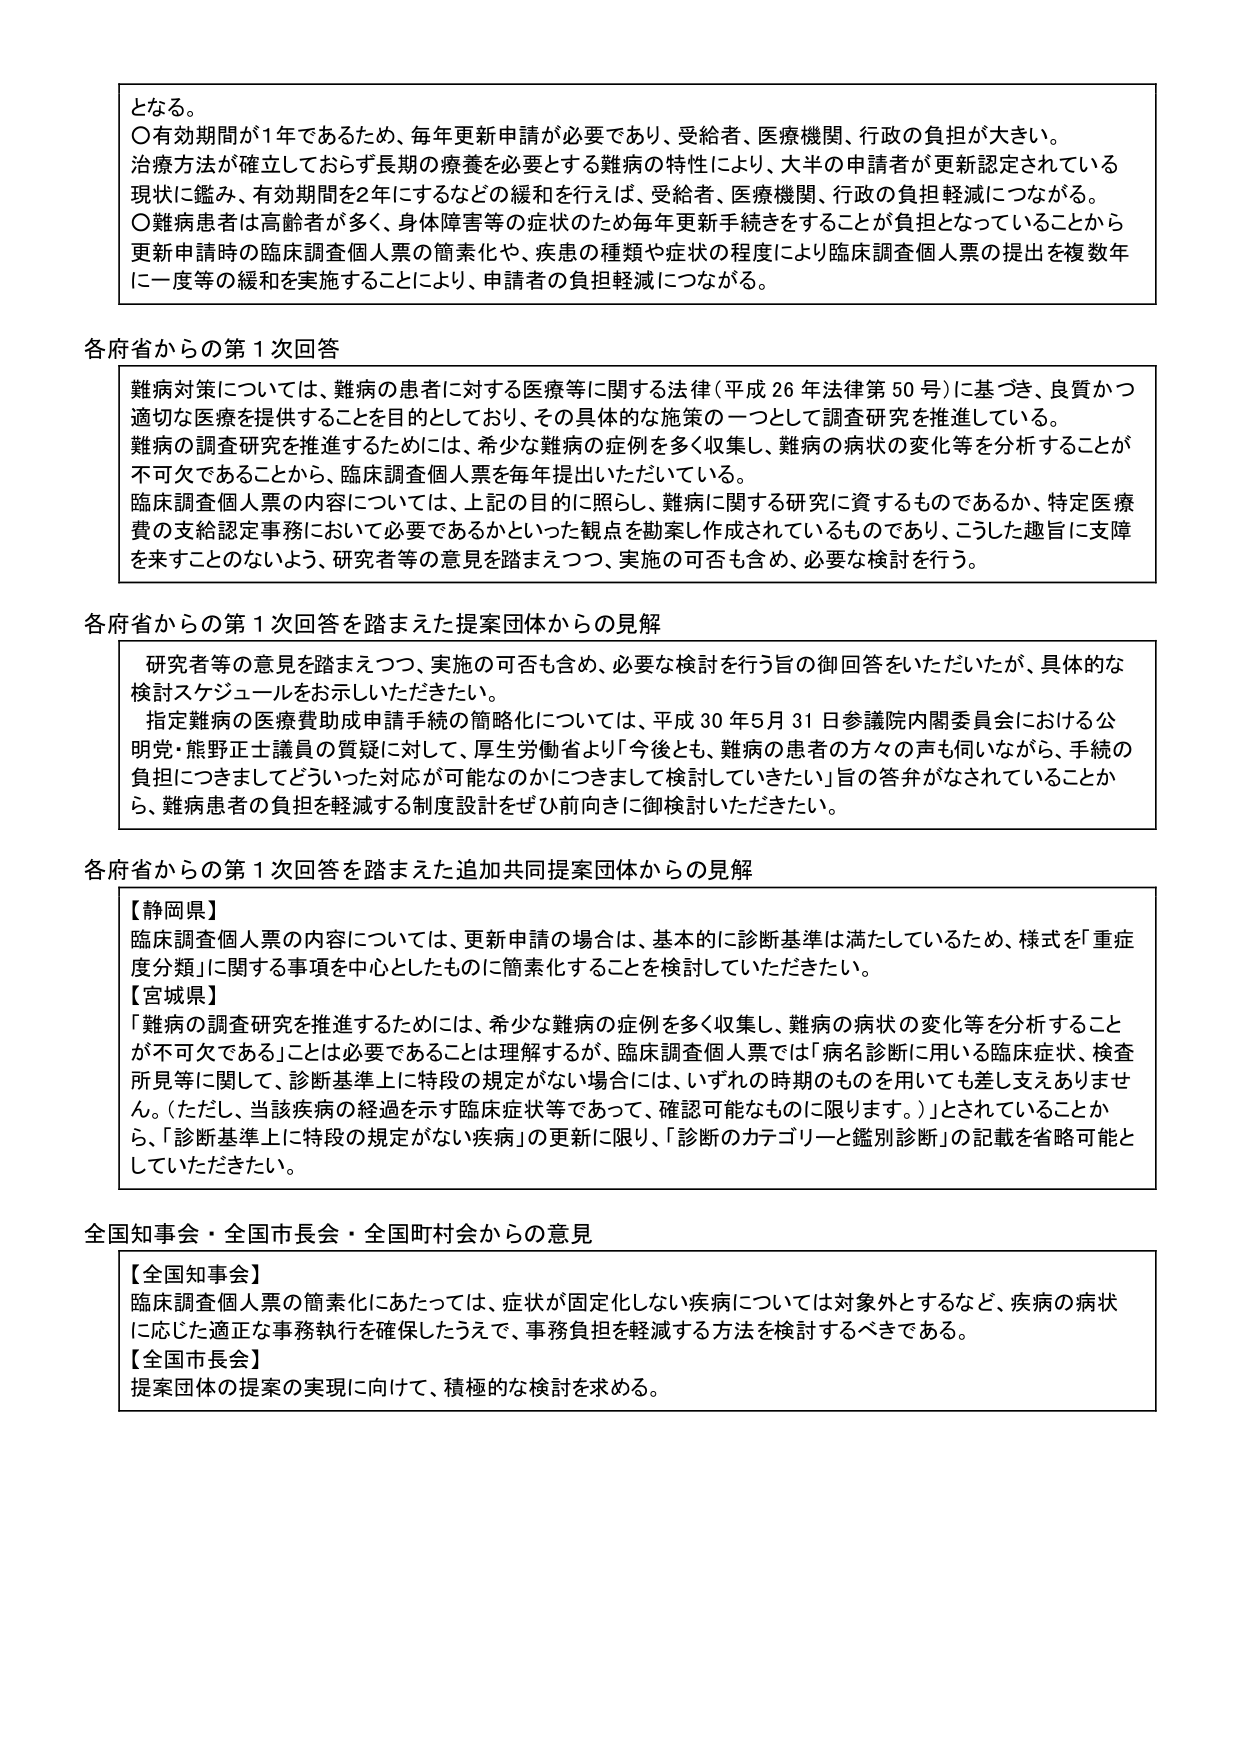
となる。
〇有効期間が1年であるため、毎年更新申請が必要であり、受給者、医療機関、行政の負担が大きい。
治療方法が確立しておらず長期の療養を必要とする難病の特性により、大半の申請者が更新認定されている現状に鑑み、有効期間を2年にするなどの緩和を行えば、受給者、医療機関、行政の負担軽減につながる。
〇難病患者は高齢者が多く、身体障害等の症状のため毎年更新手続きをすることが負担となっていることから更新申請時の臨床調査個人票の簡素化や、疾患の種類や症状の程度により臨床調査個人票の提出を複数年に一度等の緩和を実施することにより、申請者の負担軽減につながる。

各府省からの第1次回答
難病対策については、難病の患者に対する医療等に関する法律（平成26年法律第50号）に基づき、良質かつ適切な医療を提供することを目的としており、その具体的な施策の一つとして調査研究を推進している。
難病の調査研究を推進するためには、希少な難病の症例を多く収集し、難病の病状の変化等を分析することが不可欠であることから、臨床調査個人票を毎年提出いただいている。
臨床調査個人票の内容については、上記の目的に照らし、難病に関する研究に資するものであるか、特定医療費の支給認定事務において必要であるかといった観点を勘案し作成されているものであり、こうした趣旨に支障を来すことのないよう、研究者等の意見を踏まえつつ、実施の可否も含め、必要な検討を行う。

各府省からの第1次回答を踏まえた提案団体からの見解
研究者等の意見を踏まえつつ、実施の可否も含め、必要な検討を行う旨の御回答をいただいたが、具体的な検討スケジュールをお示しいただきたい。
指定難病の医療費助成申請手続の簡略化については、平成30年5月31日参議院内閣委員会における公明党・熊野正士議員の質疑に対して、厚生労働省より「今後とも、難病の患者の方々の声も伺いながら、手続の負担につきましてどういった対応が可能なのかにつきまして検討していきたい」旨の答弁がなされていることから、難病患者の負担を軽減する制度設計をぜひ前向きに御検討いただきたい。

各府省からの第1次回答を踏まえた追加共同提案団体からの見解
【静岡県】
臨床調査個人票の内容については、更新申請の場合は、基本的に診断基準は満たしているため、様式を「重症度分類」に関する事項を中心としたものに簡素化することを検討していただきたい。
【宮城県】
「難病の調査研究を推進するためには、希少な難病の症例を多く収集し、難病の病状の変化等を分析することが不可欠である」ことは必要であることは理解するが、臨床調査個人票では「病名診断に用いる臨床症状、検査所見等に関して、診断基準上に特段の規定がない場合には、いずれの時期のものを用いても差し支えありません。（ただし、当該疾病の経過を示す臨床症状等であって、確認可能なものに限ります。）」とされていることから、「診断基準上に特段の規定がない疾病」の更新に限り、「診断のカテゴリーと鑑別診断」の記載を省略可能としていただきたい。

全国知事会・全国市長会・全国町村会からの意見
【全国知事会】
臨床調査個人票の簡素化にあたっては、症状が固定化しない疾病については対象外とするなど、疾病の病状に応じた適正な事務執行を確保したうえで、事務負担を軽減する方法を検討するべきである。
【全国市長会】
提案団体の提案の実現に向けて、積極的な検討を求める。